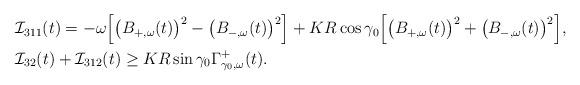
LaTeX: \begin{align*}\begin{aligned} & {\mathcal I}_{311}(t) =- \omega \Big[ \big(B_{+, \omega}(t)\big)^2 - \big(B_{-, \omega}(t)\big)^2 \Big] + KR\cos\gamma_0 \Big[ \big(B_{+, \omega}(t)\big)^2 + \big(B_{-, \omega}(t)\big)^2 \Big], \\& {\mathcal I}_{32}(t) + {\mathcal I}_{312}(t) \geq KR \sin\gamma_0 \Gamma_{\gamma_0, \omega}^+(t).\end{aligned}\end{align*}